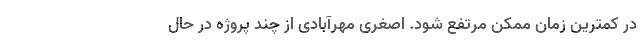
در کمترین زمان ممکن مرتفع شود. اصغری مهرآبادی از چند پروژه در حال